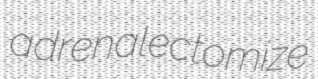
adrenalectomize